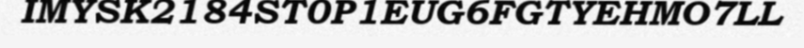
IMYSK2184ST0P1EUG6FGTYEHMO7LL